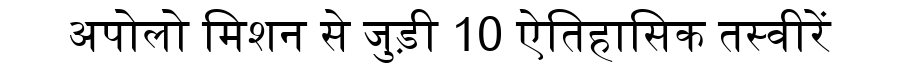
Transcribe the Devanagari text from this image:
अपोलो मिशन से जुड़ी 10 ऐतिहासिक तस्वीरें